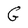
Character: G